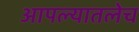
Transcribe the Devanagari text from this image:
आपल्यातलेच